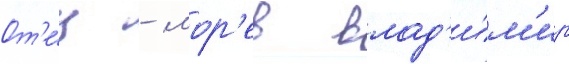
От'е́ц - мор'ев влад'и́м'ир